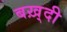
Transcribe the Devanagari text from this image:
बख़्दी